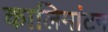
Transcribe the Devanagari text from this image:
कालिमांटन